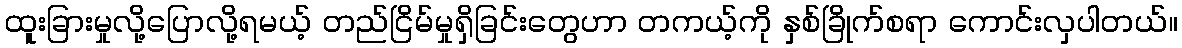
ထူးခြားမှုလို့ပြောလို့ရမယ့် တည်ငြိမ်မှုရှိခြင်းတွေဟာ တကယ့်ကို နှစ်ခြိုက်စရာ ကောင်းလှပါတယ်။